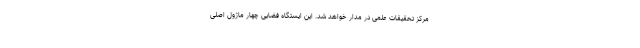
مرکز تحقیقات علمی در مدار خواهد شد. این ایستگاه فضایی چهار ماژول اصلی